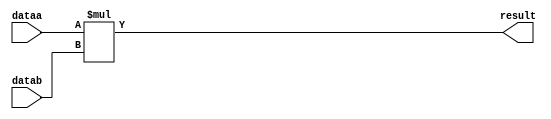
//lpm_mult CBX_DECLARE_ALL_CONNECTED_PORTS="OFF" DEVICE_FAMILY="Cyclone V" DSP_BLOCK_BALANCING="Auto" LPM_REPRESENTATION="UNSIGNED" LPM_WIDTHA=9 LPM_WIDTHB=9 LPM_WIDTHP=18 MAXIMIZE_SPEED=5 dataa datab result CARRY_CHAIN="MANUAL" CARRY_CHAIN_LENGTH=48
//VERSION_BEGIN 15.0 cbx_cycloneii 2015:04:22:18:04:07:SJ cbx_lpm_add_sub 2015:04:22:18:04:07:SJ cbx_lpm_mult 2015:04:22:18:04:08:SJ cbx_mgl 2015:04:22:18:06:50:SJ cbx_padd 2015:04:22:18:04:08:SJ cbx_stratix 2015:04:22:18:04:08:SJ cbx_stratixii 2015:04:22:18:04:08:SJ cbx_util_mgl 2015:04:22:18:04:08:SJ  VERSION_END
// synthesis VERILOG_INPUT_VERSION VERILOG_2001
// altera message_off 10463



// Copyright (C) 1991-2015 Altera Corporation. All rights reserved.
//  Your use of Altera Corporation's design tools, logic functions 
//  and other software and tools, and its AMPP partner logic 
//  functions, and any output files from any of the foregoing 
//  (including device programming or simulation files), and any 
//  associated documentation or information are expressly subject 
//  to the terms and conditions of the Altera Program License 
//  Subscription Agreement, the Altera Quartus II License Agreement,
//  the Altera MegaCore Function License Agreement, or other 
//  applicable license agreement, including, without limitation, 
//  that your use is for the sole purpose of programming logic 
//  devices manufactured by Altera and sold by Altera or its 
//  authorized distributors.  Please refer to the applicable 
//  agreement for further details.



//synthesis_resources = 
//synopsys translate_off
`timescale 1 ps / 1 ps
//synopsys translate_on
module  mult_i5n
	( 
	dataa,
	datab,
	result) /* synthesis synthesis_clearbox=1 */;
	input   [8:0]  dataa;
	input   [8:0]  datab;
	output   [17:0]  result;

	wire [8:0]    dataa_wire;
	wire [8:0]    datab_wire;
	wire [17:0]    result_wire;



	assign dataa_wire = dataa;
	assign datab_wire = datab;
	assign result_wire = dataa_wire * datab_wire;
	assign result = ({result_wire[17:0]});

endmodule //mult_i5n
//VALID FILE